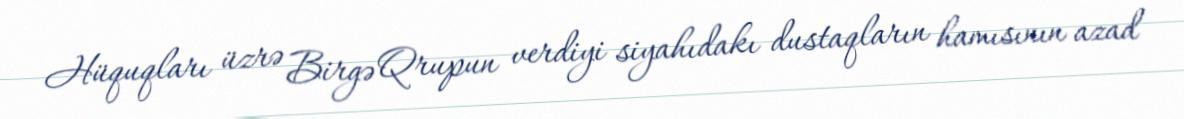
Hüquqları üzrə Birgə Qrupun verdiyi siyahıdakı dustaqların hamısının azad